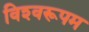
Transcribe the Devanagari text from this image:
विश्‍वरूपम